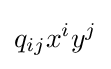
q_{ij}x^{i}y^{j}